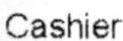
CASHIER